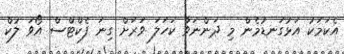
އެކަމަކު އަޅުގަނޑުމެން މި ދަންނަވާ ކަހަލަ ވަރަށް ގިނަ ފެކްޓްސް އޯވަ ލުކް